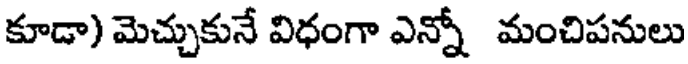
కూడా) మెచ్చుకునే విధంగా ఎన్నో మంచిపనులు